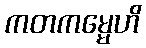
ကတကမ္မေဟိ